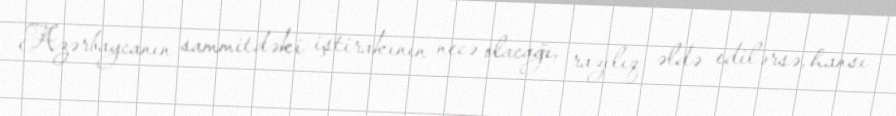
Azərbaycanın sammitdəki iştirakının necə olacağı, razılıq əldə edilərsə, hansı